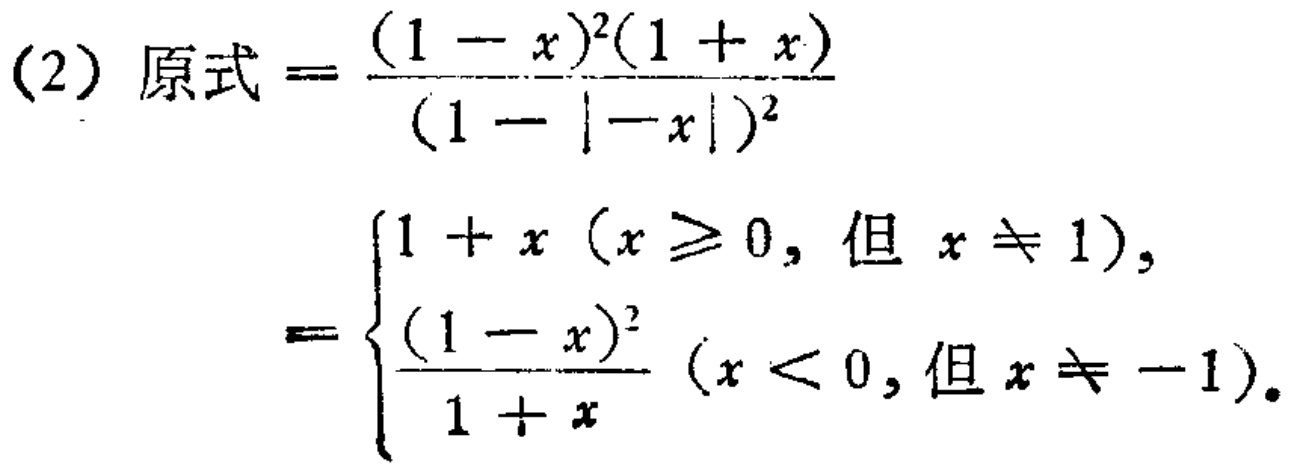
(2) 原式$=\frac{(1 - x)^2(1 + x)}{(1 - |-x|)^2}$

$= \begin{cases}

1 + x \ (x \geq 0, \text{ 但 } x \neq 1), \\

\frac{(1 - x)^2}{1 + x} \ (x < 0, \text{ 但 } x \neq -1).

\end{cases}$